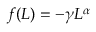
\begin{array} { r } { f ( L ) = - \gamma L ^ { \alpha } } \end{array}